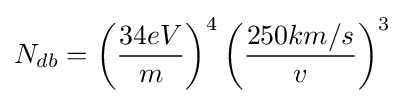
N_{db}=\left({\frac {34eV}{m}}\right)^{4}\left({\frac {250km/s}{v}}\right)^{3}